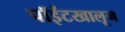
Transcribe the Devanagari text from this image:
पॉईंटखालून